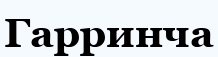
Гарринча